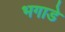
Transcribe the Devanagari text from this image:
भगाडे